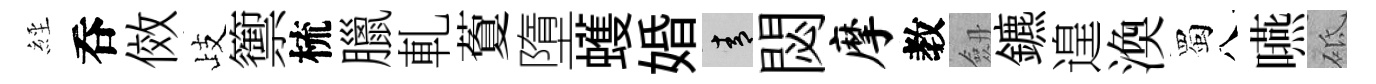
𦀇呑傚歧籞梳臘軋藑墮蠖婚青閟摩教劔鑣遑渙蜀八嚥砥